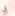
بي